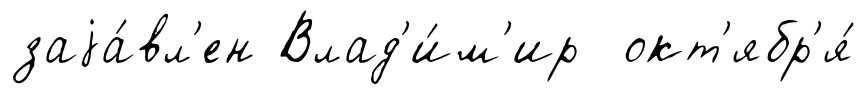
заjа́вл'ен Влад'и́м'ир окт'ябр'я́